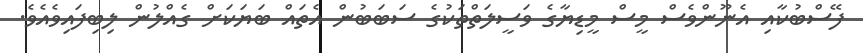
ފޭސްބުކާއި އެނޫންވެސް މީސް މީޑިޔާގެ ވަސީލަތްތަކުގެ ސަބަބުން އެތައް ބަޔަކަށް ގެއްލުން ލިބިފައިވެއެވެ.